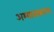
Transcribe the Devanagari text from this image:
अभ्यासकपण